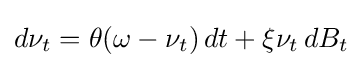
d\nu _{t}=\theta (\omega -\nu _{t})\,dt+\xi \nu _{t}\,dB_{t}